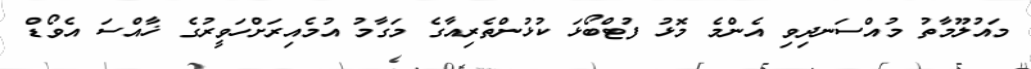
މައުލޫމާތު މުއްސަނދިވި އެންމެ މޮޅު ފުޓްބޯޅަ ކުޅުންތެރިއާގެ މަގާމު އުމެއިރަށްހަވީރުގެ ޚާއްސަ އެވޯޑް